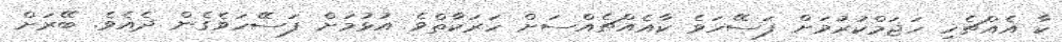
ކާ އެއްޗެހި ހަޖަމްކުރުމަށް ފަސޭހަވެ ކާއެއްޗެއްސަށް ހަރަކާތްވެ އުޅުމަށް ފަސޭހަވެގެން ދެއެވެ. ބޭރަށް